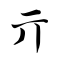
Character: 亓